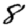
Digit: 8